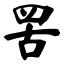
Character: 罟